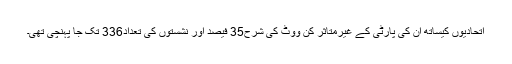
اتحادیوں کیساتھ ان کی پارٹی کے غیرمتاثر کن ووٹ کی شرح35 فیصد اور نشستوں کی تعداد336 تک جا پہنچی تھی۔